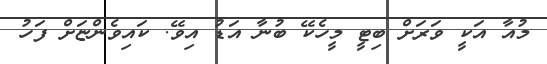
މުއާ އަކީ ވަރަށް ބިޓީ މީހެކޭ ބުނާ އަޑު އިވޭ. ކައިވެންޏަށް ފަހު